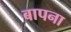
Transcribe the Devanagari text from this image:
बापना